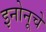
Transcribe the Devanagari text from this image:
इनोनूचे